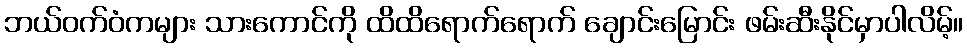
ဘယ်ဝက်ဝံကများ သားကောင်ကို ထိထိရောက်ရောက် ချောင်းမြောင်း ဖမ်းဆီးနိုင်မှာပါလိမ့်။